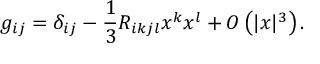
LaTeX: g _ { i j } = \delta _ { i j } - { \frac { 1 } { 3 } } R _ { i k j l } x ^ { k } x ^ { l } + O \left( | x | ^ { 3 } \right) .